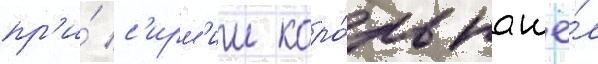
пр'и́ с'ирм'ии коро́ль нашё́л